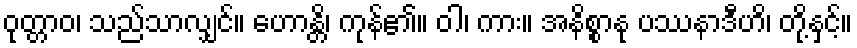
ဝုတ္တာဝ၊ သည်သာလျှင်။ ဟောန္တိ၊ ကုန်၏။ ဝါ၊ ကား။ အနိစ္စာနု ပဿနာဒီဟိ၊ တို့နှင့်။